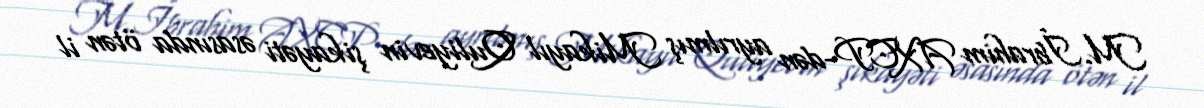
M.İbrahim AXCP-dən ayrılmış Mikayıl Quliyevin şikayəti əsasında ötən il